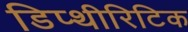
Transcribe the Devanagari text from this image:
डिप्थीरिटिक